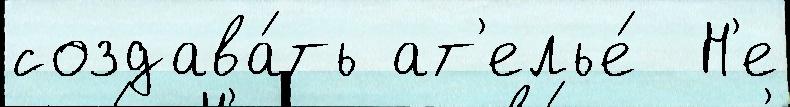
создава́ть ат'елье́  Н'е